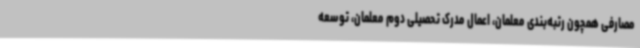
مصارفی همچون رتبه‌بندی معلمان، اعمال مدرک تحصیلی دوم معلمان، توسعه